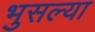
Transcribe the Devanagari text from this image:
भुसल्या